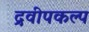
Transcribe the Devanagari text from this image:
द्रवीपकल्प